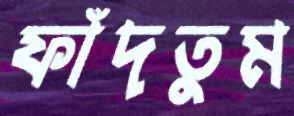
ফাঁদতুম